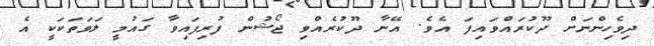
ދިވެހިންނަށް ދޫކުރައްވައިފަ އެވެ. އޭނާ ދޫކުރެއްވި ޖޯޝުން ފުރިފައިވާ ގައުމީ ލަވަތަކަކީ އެ